Insane asylums in Bengal annual reports 1876-1887 - 1876-1887
Year: 1876
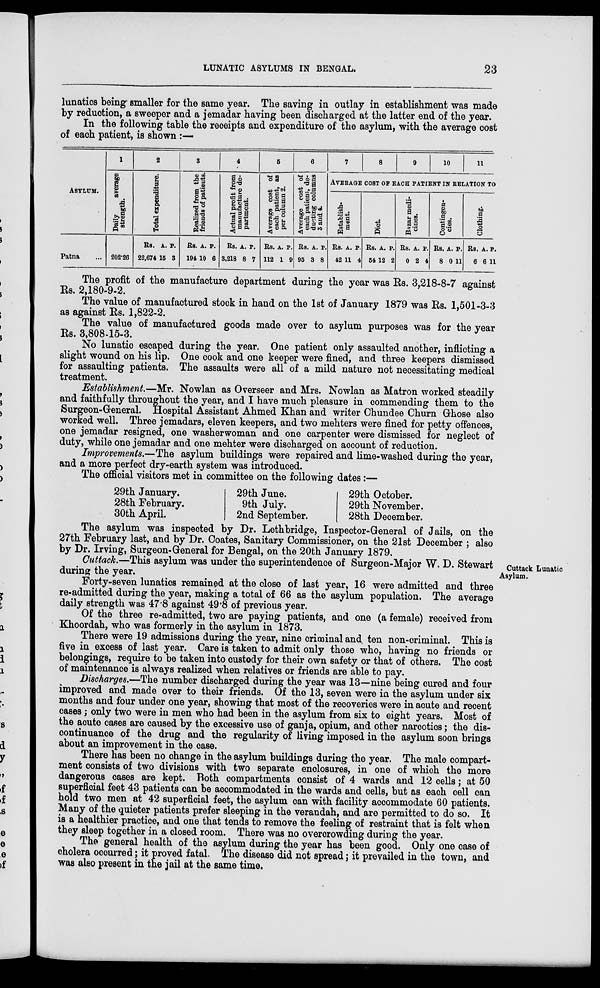
LUNATIC ASYLUMS IN BENGAL.
23
lunatics being smaller for the same year. The saving in outlay in establishment was made
by reduction, a sweeper and a jemadar having been discharged at the latter end of the year.
In the following table the receipts and expenditure of the asylum, with the average cost
of each patient, is shown :—
ASYLUM.
Patna ...
1
Daily
average
strength.
202.26
2
Total expenditure.
Rs.
22,674
A.
15
P.
3
3
Realized from the
friends of patients.
Rs.
194
A.
10
P.
6
4
Actual profit from
manufacture de-
partment.
Rs.
3,218
A.
8
P.
7
5
Average cost of
each patient, as
per column 2.
Rs.
112
A.
1
P.
9
6
Average cost of
each patient, de-
ducting columns
3 and 4.
Rs.
95
A.
3
P.
8
7
8
9
10
11
AVERAGE COST OF EACH PATIENT IN RELATION TO
Establish-
ment.
Rs.
42
A.
11
P.
4
Diet.
Rs.
54
A.
12
P.
2
Bazar medi-
cines.
Rs.
0
A.
2
P.
4
Contingen-
cies.
Rs.
8
A.
0
P.
11
Clothing.
Rs.
6
A.
6
P.
11
The profit of the manufacture department during the year was Rs. 3,218-8-7 against
Rs. 2,180-9-2.
The value of manufactured stock in hand on the 1st of January 1879 was Rs. 1,501-3-3
as against Rs. 1,822-2.
The value of manufactured goods made over to asylum purposes was for the year
Rs. 3,808-15-3.
No lunatic escaped during the year. One patient only assaulted another, inflicting a
slight wound on his lip. One cook and one keeper were fined, and three keepers dismissed
for assaulting patients. The assaults were all of a mild nature not necessitating medical
treatment.
Establishment—Mr. Nowlan as Overseer and Mrs. Nowlan as Matron worked steadily
and faithfully throughout the year, and I have much pleasure in commending them to the
Surgeon-General. Hospital Assistant Ahmed Khan and writer Chundee Churn Ghose also
worked well. Three jemadars, eleven keepers, and two mehters were fined for petty offences,
one jemadar resigned, one washerwoman and one carpenter were dismissed for neglect of
duty, while one jemadar and one mehter were discharged on account of reduction.
Improvements.—The asylum buildings were repaired and lime-washed during the year,
and a more perfect dry-earth system was introduced.
The official visitors met in committee on the following dates:—
29th January.
28th February.
30th April.
29th June.
9th July.
2nd September.
29th October.
29th November.
28th December.
The asylum was inspected by Dr. Lethbridge, Inspector-General of Jails, on the
27th February last, and by Dr. Coates, Sanitary Commissioner, on the 21st December ; also
by Dr. Irving, Surgeon-General for Bengal, on the 20th January 1879.
Cuttack Lunatic
Asylum.
Cuttack.—This asylum was under the superintendence of Surgeon-Major W. D. Stewart
during the year.
Forty-seven lunatics remained at the close of last year, 16 were admitted and three
re-admitted during the year, making a total of 66 as the asylum population. The average
daily strength was 47.8 against 49.8 of previous year.
Of the three re-admitted, two are paying patients, and one (a female) received from
Khoordah, who was formerly in the asylum in 1873.
There were 19 admissions during the year, nine criminal and ten non-criminal. This is
five in excess of last year. Care is taken to admit only those who, having no friends or
belongings, require to be taken into custody for their own safety or that of others. The cost
of maintenance is always realized when relatives or friends are able to pay.
Discharges.—The number discharged during the year was 13—nine being cured and four
improved and made over to their friends. Of the 13, seven were in the asylum under six
months and four under one year, showing that most of the recoveries were in acute and recent
cases; only two were in men who had been in the asylum from six to eight years. Most of
the acute cases are caused by the excessive use of ganja, opium, and other narcotics; the dis-
continuance of the drug and the regularity of living imposed in the asylum soon brings
about an improvement in the case.
There has been no change in the asylum buildings during the year. The male compart-
ment consists of two divisions with two separate enclosures, in one of which the more
dangerous cases are kept. Both compartments consist of 4 wards and 12 cells; at 50
superficial feet 43 patients can be accommodated in the wards and cells, but as each cell can
hold two men at 42 superficial feet, the asylum can with facility accommodate 60 patients.
Many of the quieter patients prefer sleeping in the verandah, and are permitted to do so. It
is a healthier practice, and one that tends to remove the feeling of restraint that is felt when
they sleep together in a closed room. There was no overcrowding during the year.
The general health of the asylum during the year has been good. Only one case of
cholera occurred; it proved fatal. The disease did not spread; it prevailed in the town, and
was also present in the jail at the same time.